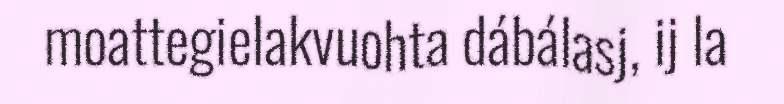
moattegielakvuohta dábálasj, ij la